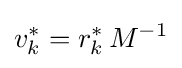
v_{k}^{*}=r_{k}^{*}\,M^{-1}